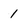
Character: 1